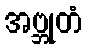
အဗ္ဘုတံ